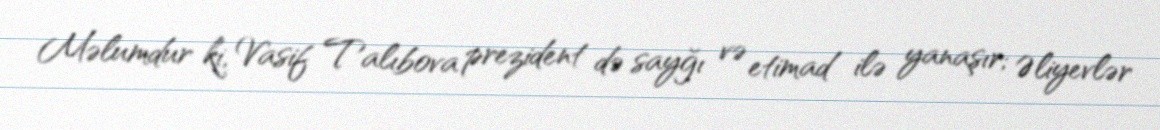
Məlumdur ki, Vasif Talıbova prezident də sayğı və etimad ilə yanaşır; Əliyevlər